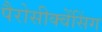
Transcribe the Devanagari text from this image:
पैरोसीक्वेंसिंग